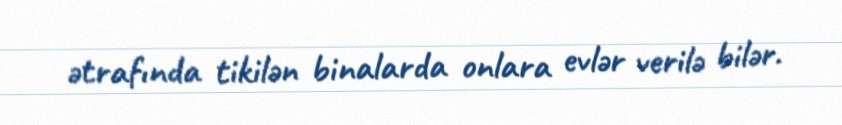
ətrafında tikilən binalarda onlara evlər verilə bilər.